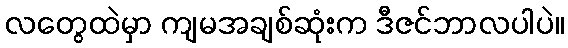
လတွေထဲမှာ ကျမအချစ်ဆုံးက ဒီဇင်ဘာလပါပဲ။